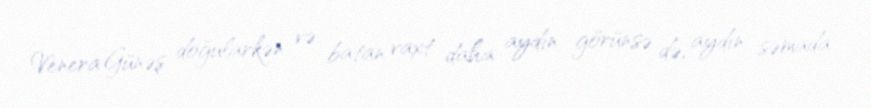
Venera Günəş doğularkən və batan vaxt daha aydın görünsə də, aydın səmada